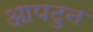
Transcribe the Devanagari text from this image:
आपटुन